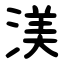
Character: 渼